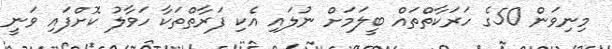
މިނިވަން 50ގެ ހަރަކާތްތައް ބީލަމަށް ނުލައި އެކި ފަރާތްތަކާ ހަވާލު ކޮށްފައި ވަނީ